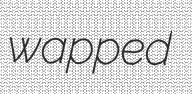
wapped